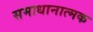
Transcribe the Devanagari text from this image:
समाधानात्मक